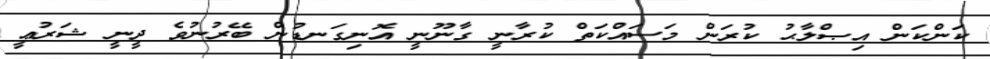
ކަންކަން އިޞްލާޙު ކުރަން މަސައްކަތް ކުރާނީ ގާނޫނީ އޮނިގަނޑުން ބޭރުނުވެ ދީނީ ޝަރުޢީ